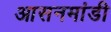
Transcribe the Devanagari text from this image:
आसनमांडी